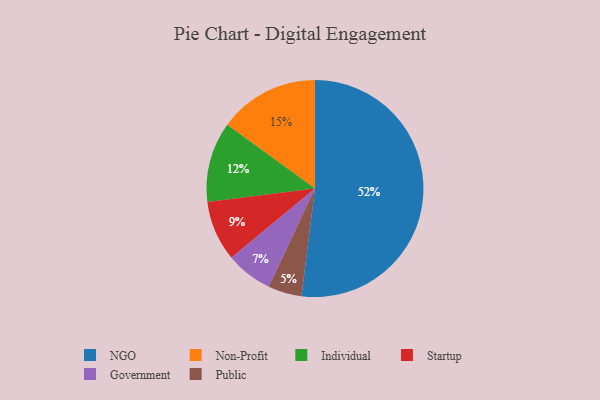
{"axis": {"x": "Category", "y": "Percentage"}, "legend": ["Government", "Individual", "NGO", "Non-Profit", "Public", "Startup"], "data": [{"x": "NGO", "y": 52, "type": "NGO"}, {"x": "Startup", "y": 9, "type": "Startup"}, {"x": "Individual", "y": 12, "type": "Individual"}, {"x": "Government", "y": 7, "type": "Government"}, {"x": "Non-Profit", "y": 15, "type": "Non-Profit"}, {"x": "Public", "y": 5, "type": "Public"}]}